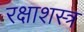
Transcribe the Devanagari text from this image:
रक्षाशस्त्र